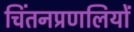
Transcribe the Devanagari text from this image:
चिंतनप्रणलियों